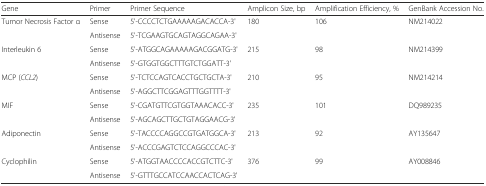
<table><thead><tr><td><b>Gene</b></td><td><b>Primer</b></td><td><b>Primer Sequence</b></td><td><b>Amplicon Size, bp</b></td><td><b>Amplification Efficiency, %</b></td><td><b>GenBank Accession No.</b></td></tr></thead><tbody><tr><td>Tumor Necrosis Factor α</td><td>Sense</td><td>5&#x27;-CCCCTCTGAAAAAGACACCA-3&#x27;</td><td>180</td><td>106</td><td>NM214022</td></tr><tr><td></td><td>Antisense</td><td>5&#x27;-TCGAAGTGCAGTAGGCAGAA-3&#x27;</td><td></td><td></td><td></td></tr><tr><td>Interleukin 6</td><td>Sense</td><td>5&#x27;-ATGGCAGAAAAAGACGGATG-3&#x27;</td><td>215</td><td>98</td><td>NM214399</td></tr><tr><td></td><td>Antisense</td><td>5&#x27;-GTGGTGGCTTTGTCTGGATT-3&#x27;</td><td></td><td></td><td></td></tr><tr><td>MCP (<i>CCL2</i>)</td><td>Sense</td><td>5&#x27;-TCTCCAGTCACCTGCTGCTA-3&#x27;</td><td>210</td><td>95</td><td>NM214214</td></tr><tr><td></td><td>Antisense</td><td>5&#x27;-AGGCTTCGGAGTTTGGTTTT-3&#x27;</td><td></td><td></td><td></td></tr><tr><td>MIF</td><td>Sense</td><td>5&#x27;-CGATGTTCGTGGTAAACACC-3&#x27;</td><td>235</td><td>101</td><td>DQ989235</td></tr><tr><td></td><td>Antisense</td><td>5&#x27;-AGCAGCTTGCTGTAGGAACG-3&#x27;</td><td></td><td></td><td></td></tr><tr><td>Adiponectin</td><td>Sense</td><td>5&#x27;-TACCCCAGGCCGTGATGGCA-3&#x27;</td><td>213</td><td>92</td><td>AY135647</td></tr><tr><td></td><td>Antisense</td><td>5&#x27;-ACCCGAGTCTCCAGGCCCAC-3&#x27;</td><td></td><td></td><td></td></tr><tr><td>Cyclophilin</td><td>Sense</td><td>5&#x27;-ATGGTAACCCCACCGTCTTC-3&#x27;</td><td>376</td><td>99</td><td>AY008846</td></tr><tr><td></td><td>Antisense</td><td>5&#x27;-GTTTGCCATCCAACCACTCAG-3&#x27;</td><td></td><td></td><td></td></tr></tbody></table>